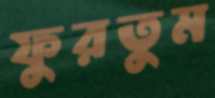
ফুরতুম